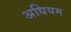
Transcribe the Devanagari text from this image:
अधियम